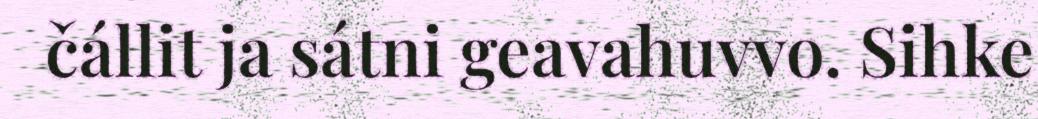
čállit ja sátni geavahuvvo. Sihke